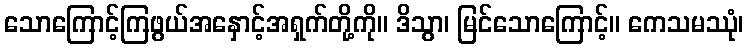
သောကြောင့်ကြဖွယ်အနှောင့်အရှက်တို့ကို။ ဒိသွာ၊ မြင်သောကြောင့်။ ကေသမဿုံ၊